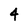
Character: 4